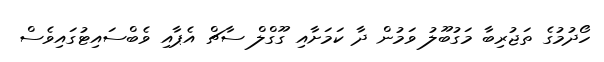
ހޯދުމުގެ ތަޖުރިބާ މަގުބޫލު ވަމުން ދާ ކަމަށާއި ގޫގްލް ސާޗް އެޕާއި ވެބްސައިޓުގައިވެސް